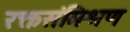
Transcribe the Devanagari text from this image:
रक्तसंमिश्रण